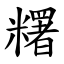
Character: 糬